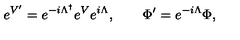
e ^ { V ^ { \prime } } = e ^ { - i \Lambda ^ { \dagger } } e ^ { V } e ^ { i \Lambda } , \qquad \Phi ^ { \prime } = e ^ { - i \Lambda } \Phi ,